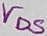
Text: VDS